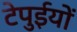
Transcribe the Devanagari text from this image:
टेपुईयों